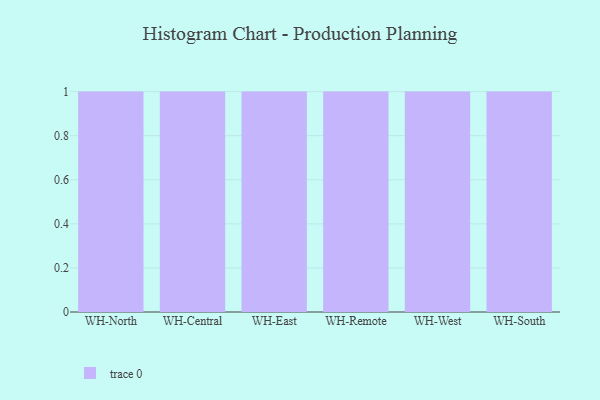
{"axis": {"x": "Warehouse", "y": "Active Users"}, "legend": [""], "data": [{"x": "WH-North", "y": 1, "type": ""}, {"x": "WH-Central", "y": 81, "type": ""}, {"x": "WH-East", "y": 90, "type": ""}, {"x": "WH-Remote", "y": 92, "type": ""}, {"x": "WH-West", "y": 3, "type": ""}, {"x": "WH-South", "y": 51, "type": ""}]}